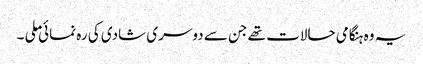
یہ وہ ہنگامی حالات تھے جن سے دوسری شادی کی رہ نمائی ملی ۔